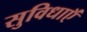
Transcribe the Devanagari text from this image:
सुविधाऍं